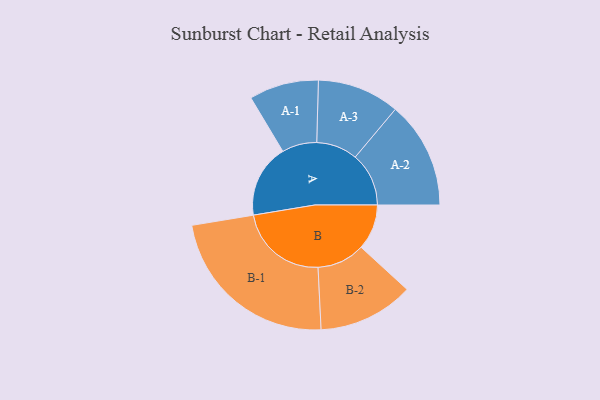
{"axis": {"x": "Segment", "y": "Value"}, "legend": ["", "A", "B"], "data": [{"x": "A", "y": 219, "type": ""}, {"x": "B", "y": 136, "type": ""}, {"x": "A-1", "y": 104, "type": "A"}, {"x": "A-2", "y": 160, "type": "A"}, {"x": "A-3", "y": 123, "type": "A"}, {"x": "B-1", "y": 267, "type": "B"}, {"x": "B-2", "y": 143, "type": "B"}]}